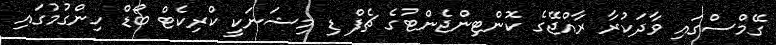
ގޭމްސްގައި ވާދަކުރާ ރާއްޖޭގެ ކޮންޓިންޖެންޓުގެ ޗެފް ޑި މިޝަނަކީ ކްރިކެޓް ބޯޑް ހިންގުމުގައި